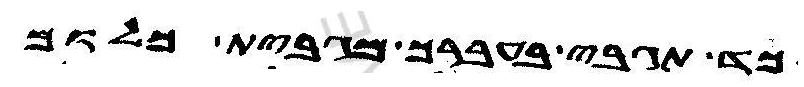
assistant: כד תגבי בעברך מגבית כלום